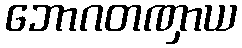
ဘောဂတဏှာယ